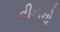
વીનાનો